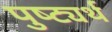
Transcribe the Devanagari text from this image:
पुष्ट्यर्थ